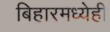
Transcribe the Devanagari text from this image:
बिहारमध्येही